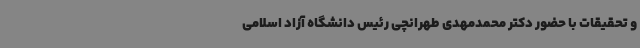
و تحقیقات با حضور دکتر محمدمهدی طهرانچی رئیس دانشگاه آزاد اسلامی